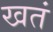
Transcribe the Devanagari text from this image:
खतं